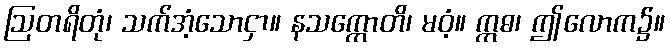
ဩတရိတုံ၊ သက်အံ့သောငှာ။ နသက္ကောတိ၊ မဝံ့။ ဣဓ၊ ဤလောက၌။